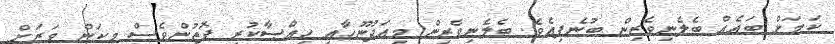
ކަމަށް ބައެއް ބެލެނިވެރިން ބުނެފިއެވެ. ބެލެނިވެރިން މިއަދުނޫހާއި ހިއްޞާކުރި ފޮތުންވެސް މިކަން ވަރަށް